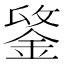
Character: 𨧋